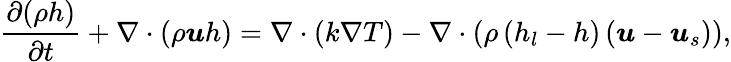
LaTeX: \frac{\partial(\rho h)}{\partial t}+\nabla\cdot(\rho\boldsymbol{u}h)=\nabla\cdot(k\nabla T)-\nabla\cdot\left(\rho\left(h_{l}-h\right)\left(\boldsymbol{u}-\boldsymbol{u}_{s}\right)\right),